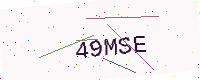
Text: 49MSE